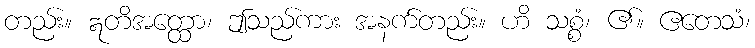
တည်း။ ဣတိအတ္ထော၊ ဤသည်ကား အနက်တည်း။ ဟိ သစ္စံ၊ ၏။ ဧတေသံ၊